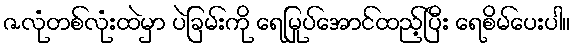
ဇလုံတစ်လုံးထဲမှာ ပဲခြမ်းကို ရေမြုပ်အောင်ထည့်ပြီး ရေစိမ်ပေးပါ။